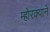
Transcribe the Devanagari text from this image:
म्होरक्याने